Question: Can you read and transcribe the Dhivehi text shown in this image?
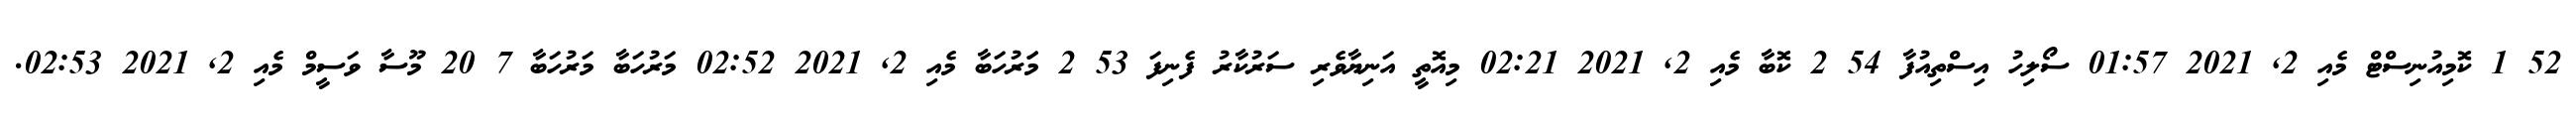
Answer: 52 1 ކޮމިއުނިސްޓް މެއި 2, 2021 01:57 ސޯލިހު އިސްތިއުފާ 54 2 ކޮބާ މެއި 2, 2021 02:21 މިއޮތީ އަނިޔާވެރި ސަރުކާރު ފެނިފަ 53 2 މަަރުހަބާ މެއި 2, 2021 02:52 މަރުހަބާ މަރުހަބާ 7 20 މޫސާ ވަސީމް މެއި 2, 2021 02:53.